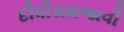
દીધીસમજાવી